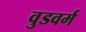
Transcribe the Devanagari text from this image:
वुडवर्म